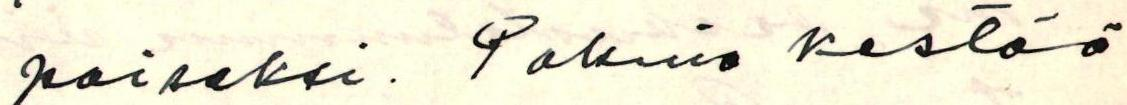
poiseksi. Pakina kestää